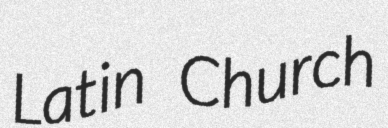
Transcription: Latin Church